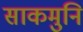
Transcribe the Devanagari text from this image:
साकमुनि